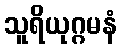
သူရိယုဂ္ဂမနံ